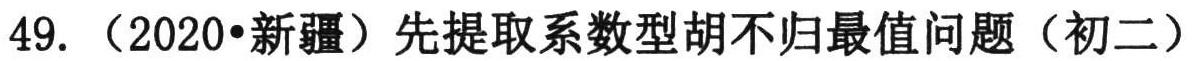
49. （2020•新疆）先提取系数型胡不归最值问题（初二）